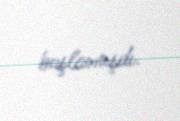
başlamışdı.